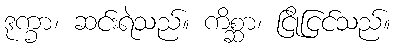
ဒုက္ခာ၊ ဆင်းရဲသည်။ ကိစ္ဆာ၊ ငြိုငြင်သည်။